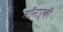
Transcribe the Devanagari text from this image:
मॉंनाऱ्क़़ी